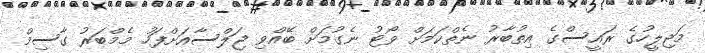
މަޖިލީހުގެ ރައީސްގެ އިތުބާރު ނެތްކަމަށް ވޯޓު ނެގުމަށް ބޭއްވި ޖަލްސާއަށްފަހު މެމްބަރު ގާސިމް